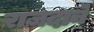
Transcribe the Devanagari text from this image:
राज़दाने